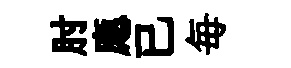
肘應已毎